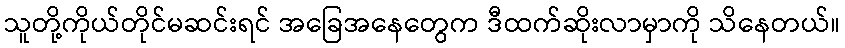
သူတို့ကိုယ်တိုင်မဆင်းရင် အခြေအနေတွေက ဒီထက်ဆိုးလာမှာကို သိနေတယ်။